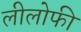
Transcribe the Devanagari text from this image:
लीलोफी